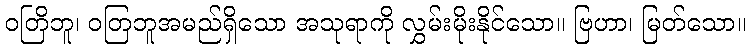
ဝတြိဘူ၊ ဝတြဘူအမည်ရှိသော အသုရာကို လွှမ်းမိုးနိုင်သော။ ဗြဟာ၊ မြတ်သော။